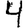
Digit: 4